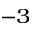
^ { - 3 }